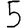
Digit: 5